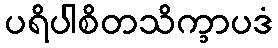
ပရိပါစိတသိက္ခာပဒံ